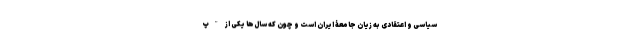
سیاسی و اعتقادی به زیان جامعۀ ایران است و چون که سال‌ها یکی از "پ